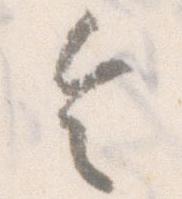
令